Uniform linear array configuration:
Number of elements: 8
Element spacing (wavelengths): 0.5
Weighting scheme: cosine
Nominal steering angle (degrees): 45
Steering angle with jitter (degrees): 44.335
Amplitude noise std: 0.05
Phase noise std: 0.05

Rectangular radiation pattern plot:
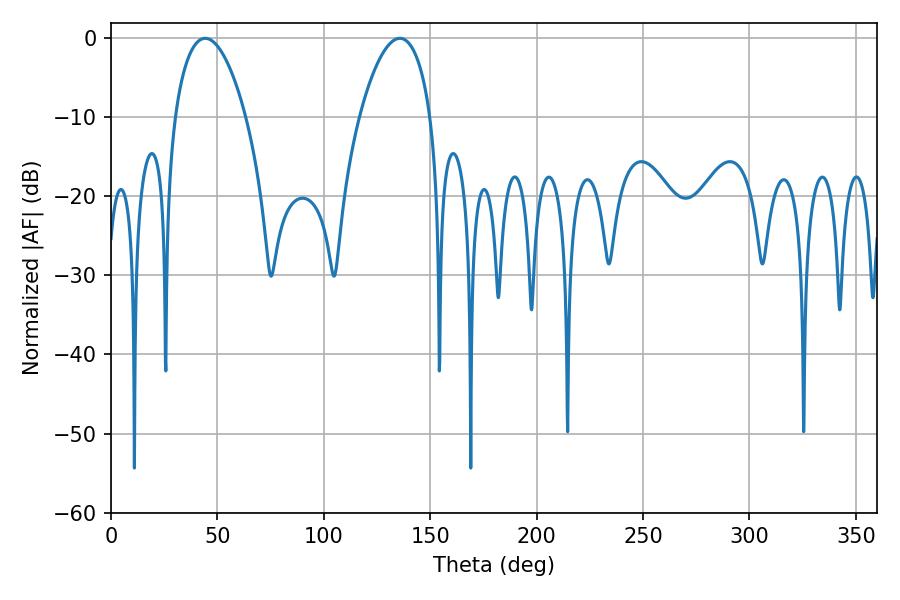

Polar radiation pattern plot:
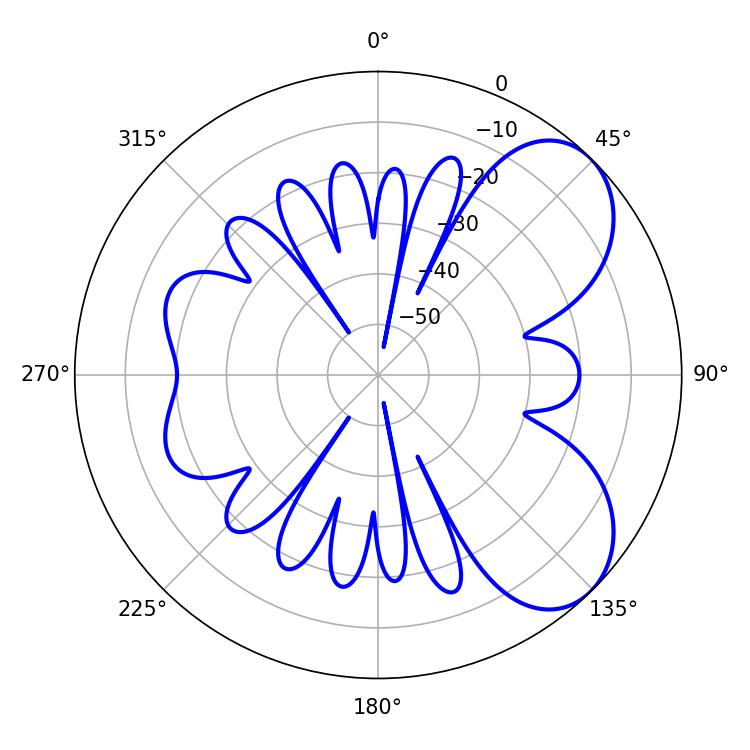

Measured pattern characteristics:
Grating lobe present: FALSE
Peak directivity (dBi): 6.305
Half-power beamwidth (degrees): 18.72
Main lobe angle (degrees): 44.28